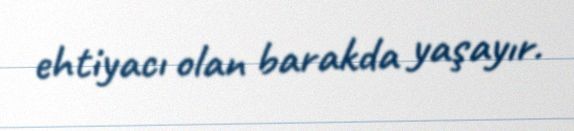
ehtiyacı olan barakda yaşayır.